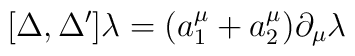
[\Delta, \Delta'] \lambda = (a_1^\mu + a_2^\mu) \partial_\mu \lambda